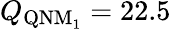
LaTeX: Q_{\mathrm{QNM_{1}}}=22.5